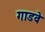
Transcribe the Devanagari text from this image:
गाडवे